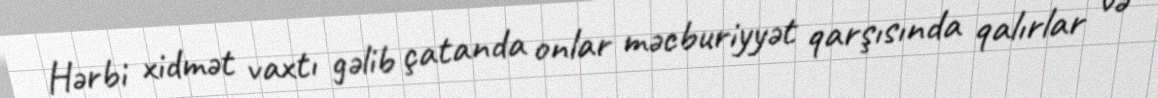
Hərbi xidmət vaxtı gəlib çatanda onlar məcburiyyət qarşısında qalırlar və